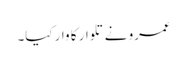
عمرو نے تلوار کا وار کیا۔